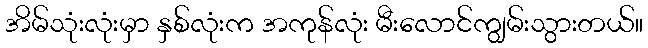
အိမ်သုံးလုံးမှာ နှစ်လုံးက အကုန်လုံး မီးလောင်ကျွမ်းသွားတယ်။